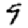
Digit: 9